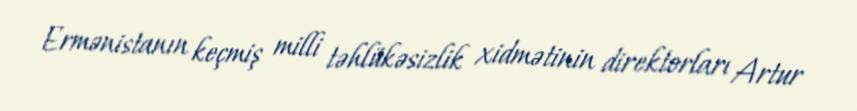
Ermənistanın keçmiş milli təhlükəsizlik xidmətinin direktorları Artur